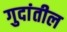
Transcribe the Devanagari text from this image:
गुदांतील